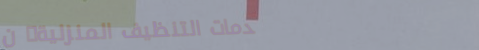
خدمات التنظيف المنزلية: ن